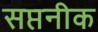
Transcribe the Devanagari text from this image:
सप्तनीक